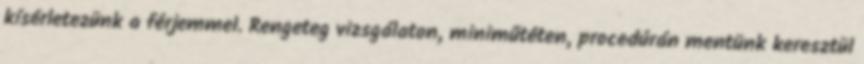
kísérletezünk a férjemmel. Rengeteg vizsgálaton, miniműtéten, procedúrán mentünk keresztül